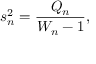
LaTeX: s _ { n } ^ { 2 } = { \frac { Q _ { n } } { W _ { n } - 1 } } ,